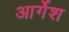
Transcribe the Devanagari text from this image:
आर्गेश